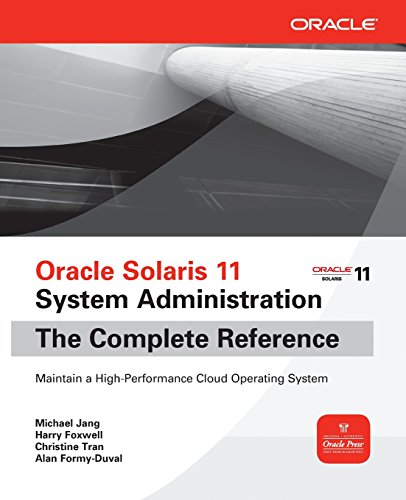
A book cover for Oracle Solaris 11 System Administration The Complete Reference; Michael Jang; Computers & Technology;